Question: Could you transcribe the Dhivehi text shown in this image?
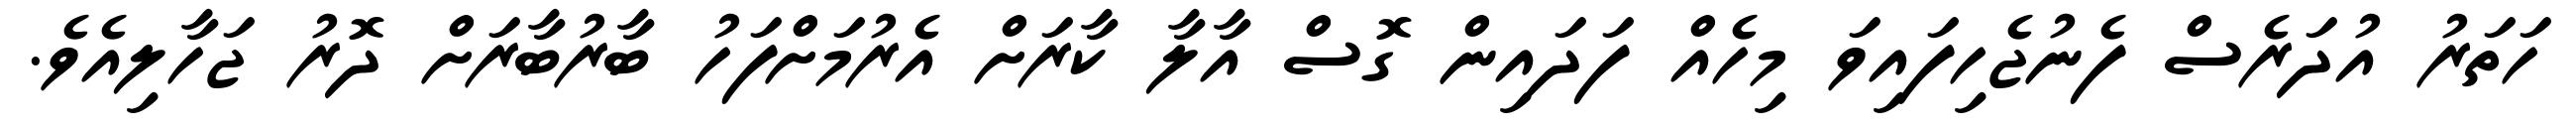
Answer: ހަތަރު އުދަރެސް ފެނުޖެހިފައިވަ މިހެއް ފަދައިން ގޮސް އާލާ ކާރަށް އެރުމަށްފަހު ބާރުބާރަށް ދޮރު ޖަހާލިއެވެ.